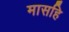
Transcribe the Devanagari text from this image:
मासहि